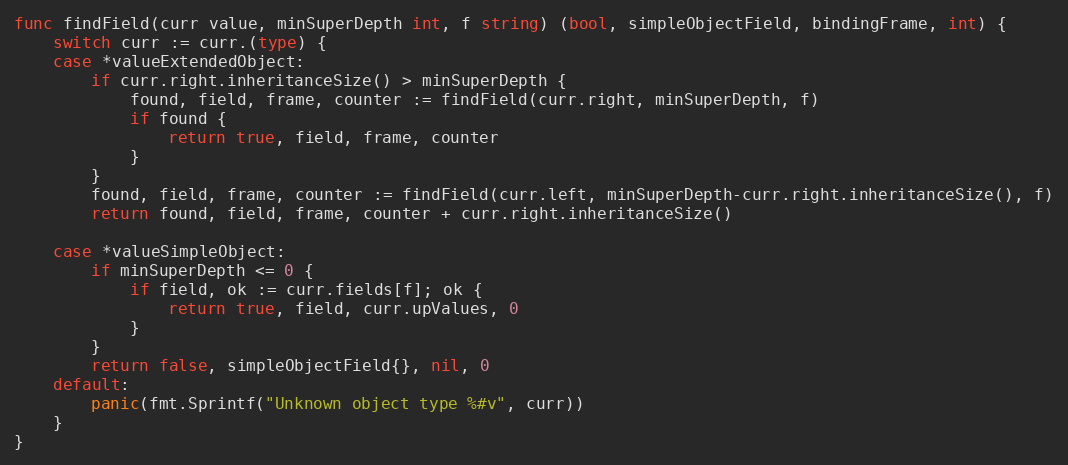
Language: Go
func findField(curr value, minSuperDepth int, f string) (bool, simpleObjectField, bindingFrame, int) {
	switch curr := curr.(type) {
	case *valueExtendedObject:
		if curr.right.inheritanceSize() > minSuperDepth {
			found, field, frame, counter := findField(curr.right, minSuperDepth, f)
			if found {
				return true, field, frame, counter
			}
		}
		found, field, frame, counter := findField(curr.left, minSuperDepth-curr.right.inheritanceSize(), f)
		return found, field, frame, counter + curr.right.inheritanceSize()

	case *valueSimpleObject:
		if minSuperDepth <= 0 {
			if field, ok := curr.fields[f]; ok {
				return true, field, curr.upValues, 0
			}
		}
		return false, simpleObjectField{}, nil, 0
	default:
		panic(fmt.Sprintf("Unknown object type %#v", curr))
	}
}